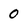
Character: 0